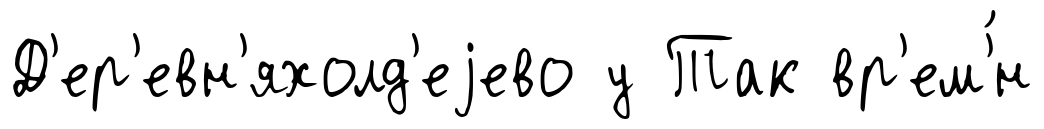
Д'ер'евн'яхолд'еjево у Так вр'ем'́н